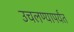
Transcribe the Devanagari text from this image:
उचलण्यापर्यंत